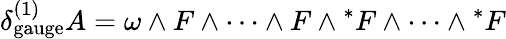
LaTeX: \delta_{\mathrm{gauge}}^{(1)}A=\omega\wedge F\wedge\dots\wedge F\wedge{^*F}\wedge\dots\wedge{^*F}